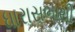
ધારાસભાથી